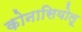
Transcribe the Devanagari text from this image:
कोनासियोलू